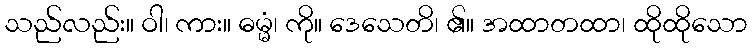
သည်လည်း။ ဝါ၊ ကား။ ဓမ္မံ၊ ကို။ ဒေသေတိ၊ ၏။ အထာတထာ၊ ထိုထိုသော